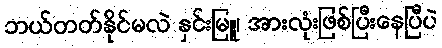
ဘယ်တတ်နိုင်မလဲ နှင်းမြူ၊ အားလုံးဖြစ်ပြီးနေပြီပဲ